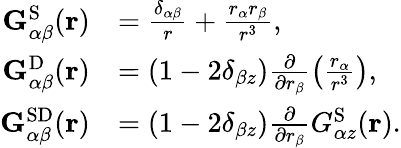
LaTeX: \begin{array}{rl}{\mathbf{G}_{\alpha\beta}^{\mathrm{S}}(\mathbf{r})}&{=\frac{\delta_{\alpha\beta}}{r}+\frac{r_{\alpha}r_{\beta}}{r^{3}},}\\ {\mathbf{G}_{\alpha\beta}^{\mathrm{D}}(\mathbf{r})}&{=(1-2\delta_{\beta z})\frac{\partial}{\partial r_{\beta}}\left(\frac{r_{\alpha}}{r^{3}}\right),}\\ {\mathbf{G}_{\alpha\beta}^{\mathrm{SD}}(\mathbf{r})}&{=(1-2\delta_{\beta z})\frac{\partial}{\partial r_{\beta}}G_{\alpha z}^{\mathrm{S}}(\mathbf{r}).}\end{array}